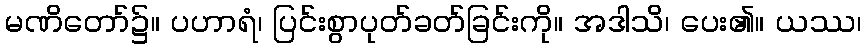
မဏိတော်၌။ ပဟာရံ၊ ပြင်းစွာပုတ်ခတ်ခြင်းကို။ အဒါသိ၊ ပေး၏။ ယဿ၊